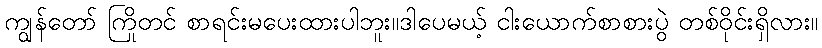
ကျွန်တော် ကြိုတင် စာရင်းမပေးထားပါဘူး။ဒါပေမယ့် ငါးယောက်စာစားပွဲ တစ်ဝိုင်းရှိလား။